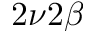
2 \nu 2 \beta